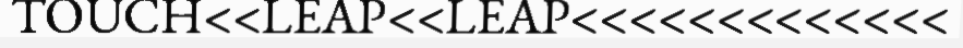
TOUCH<<LEAP<<LEAP<<<<<<<<<<<<<